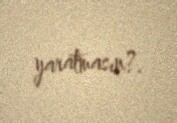
yaratmasın?.